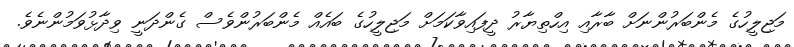
މަޖިލީހުގެ މެންބަރުންނަށް ބާރާއި އިހްތިޔާރު ދީފައިވާކަމަށް މަޖިލީހުގެ ބައެއް މެންބަރުންވެސް ގެންދަނީ ވިދާޅުވަމުންނެވެ.